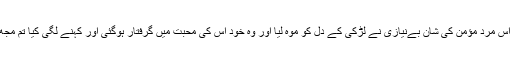
لڑکی تو یہ نہ کرسکی البتہ اس مرد مؤمن کی شان بےنیازی نے لڑکی کے دل کو موہ لیا اور وہ خود اس کی محبت میں گرفتار ہوگئی اور کہنے لگی کیا تم مجھ سے شادی نہیں کرو گے ؟